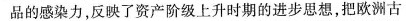
品的感染力，反映了资产阶级上升时期的进步思想，把欧洲古